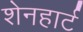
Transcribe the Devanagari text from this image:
शेनहार्ट